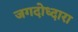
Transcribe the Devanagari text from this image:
जगदोध्दारा